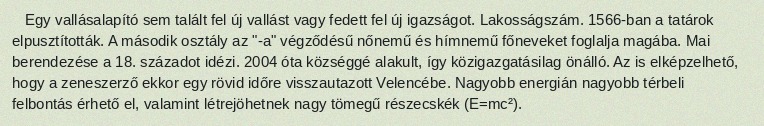
Egy vallásalapító sem talált fel új vallást vagy fedett fel új igazságot. Lakosságszám. 1566-ban a tatárok elpusztították. A második osztály az "-a" végződésű nőnemű és hímnemű főneveket foglalja magába. Mai berendezése a 18. századot idézi. 2004 óta községgé alakult, így közigazgatásilag önálló. Az is elképzelhető, hogy a zeneszerző ekkor egy rövid időre visszautazott Velencébe. Nagyobb energián nagyobb térbeli felbontás érhető el, valamint létrejöhetnek nagy tömegű részecskék (E=mc²).